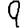
Digit: 9